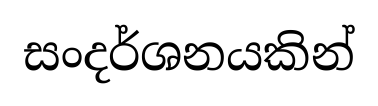
සංදර්ශනයකින්